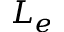
L _ { e }